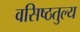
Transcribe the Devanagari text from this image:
वसिष्ठतुल्य